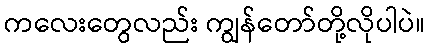
ကလေးတွေလည်း ကျွန်တော်တို့လိုပါပဲ။